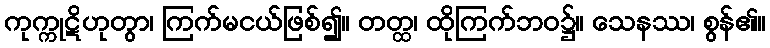
ကုက္ကုဋိဟုတွာ၊ ကြက်မငယ်ဖြစ်၍။ တတ္ထ၊ ထိုကြက်ဘဝ၌။ သေနဿ၊ စွန်၏။